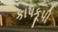
કાપકૂપી